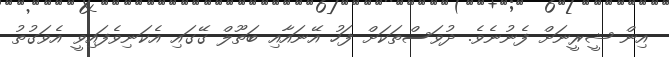
އިން ޝީރީނަށް ފެނުނެވެ. ދުވަސްތަކަށް ފަހު އޭނައާއި ބަތޫލް ގޭގައި އެކަނިވެފައިވީ އެވަގުތު